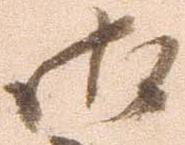
御